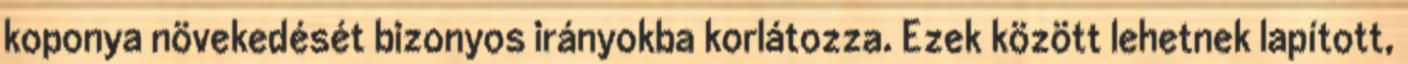
koponya növekedését bizonyos irányokba korlátozza. Ezek között lehetnek lapított,